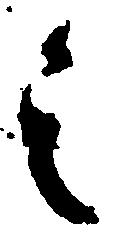
其